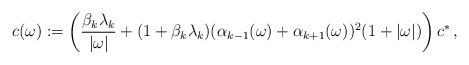
LaTeX: \begin{align*}c(\omega) := \left({\beta_{k}\lambda_{k} \over |\omega|} + (1 +\beta_{k}\lambda_{k}) (\alpha_{k-1}(\omega) + \alpha_{k+1}(\omega))^2(1 + |\omega|)\right)c^*\,,\end{align*}